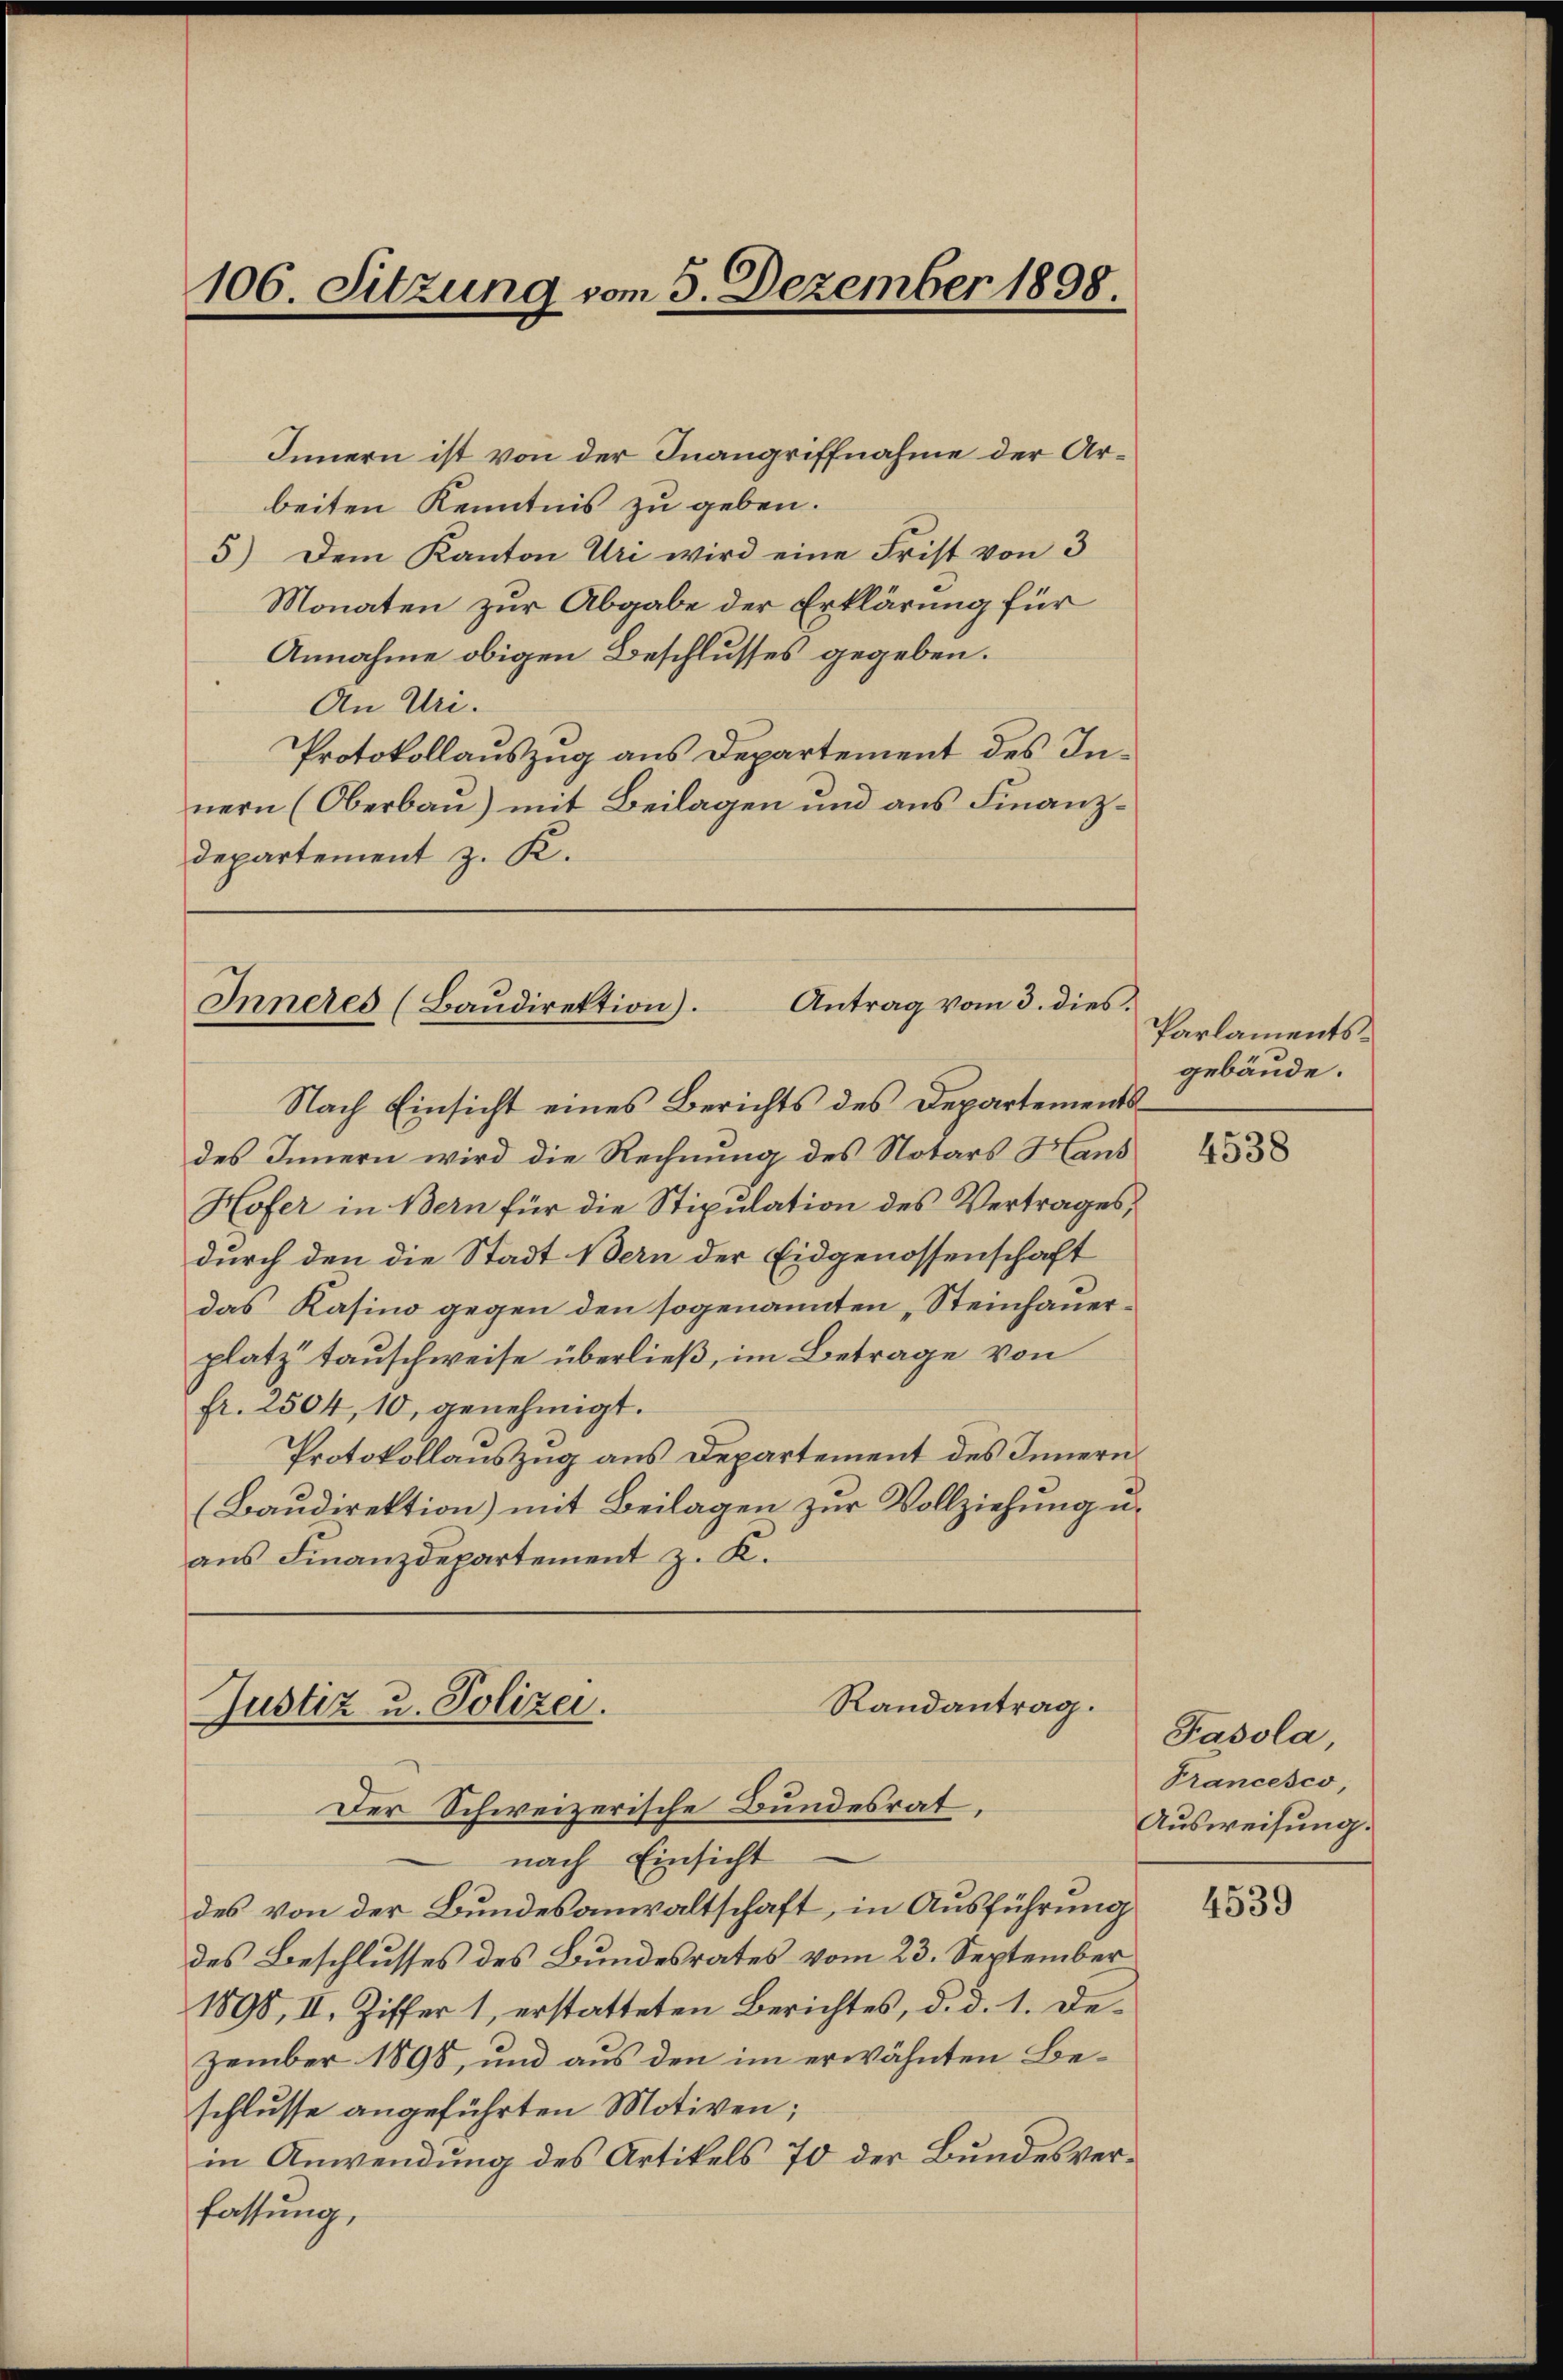
106. Sitzung vom 5. Dezember 1898

Innern ist von der Inangriffnahme der Arbeiten Kenntnis zu geben.
5) Dem Kanton Uri wird eine Frist von 3
Monaten zur Abgabe der Erklärung für
Annahme obigen Beschlusses gegeben.
An Uri.
Protokollauszug aus Departement des Innern (Oberbau) mit Beilagen und aus Finanz¬
Departement z. K.

Antrag vom 3. dies.
Inneres (Baudirektion).

Nach Einsicht eines Berichts des Departementsdes Innern wird die Rechnung des Notars Haus
Hofer in Bern für die Stipulation des Vertrages,
durch den die Stadt Bern der Eidgenossenschaft
das Kasino gegen den sogenannten „Steinhauerplatz tauschweise überließ, im Betrage von
fr. 2504, 10, genehmigt.
Protokollauszug aus Departement des Innern
(Baudirektion) mit Beilagen zur Vollziehung u.
ans Finanzdepartement z. K.

nach Einsicht
des von der Bundesanwaltschaft, in Ausführung
des Beschlusses des Bundesrates vom 23. September
1898, II. Ziffer 1, erstatteten Berichtes, d. d. 1. Dezember 1898, und aus den im erwähnten Beschlusse angeführten Motiven;
in Anwendung des Artikels 70 der Bundesverfassung,

Randantrag.
Justiz u. Polizei.
Der Schweizerische Bundesrat.

Parlamentsgebäude.

4538

Pasola
Prancesco
Ausweisung.

4539